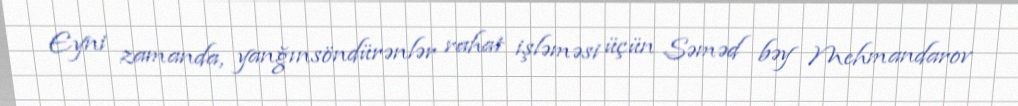
Eyni zamanda, yanğınsöndürənlər rahat işləməsi üçün Səməd bəy Mehmandarov